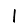
Digit: 1